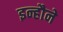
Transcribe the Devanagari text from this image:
इन्हौने